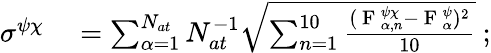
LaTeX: \begin{array}{rl}{\sigma^{\psi\chi}}&{{}=\sum_{\alpha=1}^{N_{at}}N_{at}^{-1}\sqrt{\sum_{n=1}^{10}\frac{(\mathrm{~F~}_{\alpha,n}^{\psi\chi}-\mathrm{~F~}_{\alpha}^{\psi})^{2}}{10}}~;}\end{array}